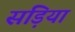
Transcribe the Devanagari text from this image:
सड़िया